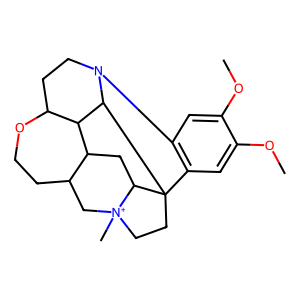
SMILES: COc1cc2c(cc1OC)C13CC[N+]4(C)CC5CCOC6CCN2C1C6C5CC34
Inhibits HIV replication: No